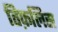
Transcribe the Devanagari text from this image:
तिफ़लिस